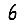
Digit: 6